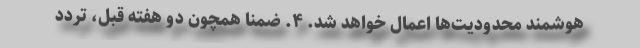
هوشمند محدودیت‌ها اعمال خواهد شد. ۴. ضمناً همچون دو هفته قبل، تردد